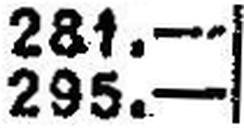
295.—